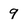
Character: 9